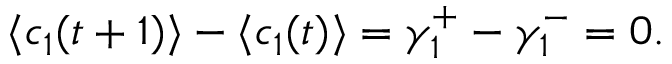
\langle c _ { 1 } ( t + 1 ) \rangle - \langle c _ { 1 } ( t ) \rangle = \gamma _ { 1 } ^ { + } - \gamma _ { 1 } ^ { - } = 0 .